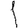
Digit: 1